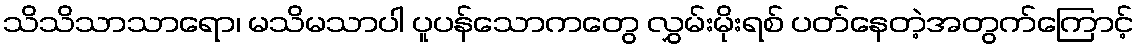
သိသိသာသာရော၊ မသိမသာပါ ပူပန်သောကတွေ လွှမ်းမိုးရစ် ပတ်နေတဲ့အတွက်ကြောင့်